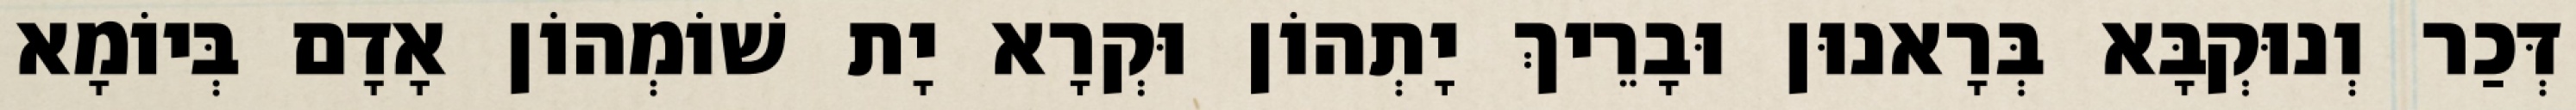
דְּכַר וְנוּקְבָּא בְּרָאנוּן וּבָרֵיךְ יָתְהוֹן וּקְרָא יָת שׁוֹמְהוֹן אָדָם בְּיוֹמָא